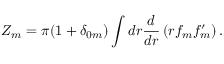
Z _ { m } = \pi ( 1 + \delta _ { 0 m } ) \int d r \frac d { d r } \left( r f _ { m } f _ { m } ^ { \prime } \right) .